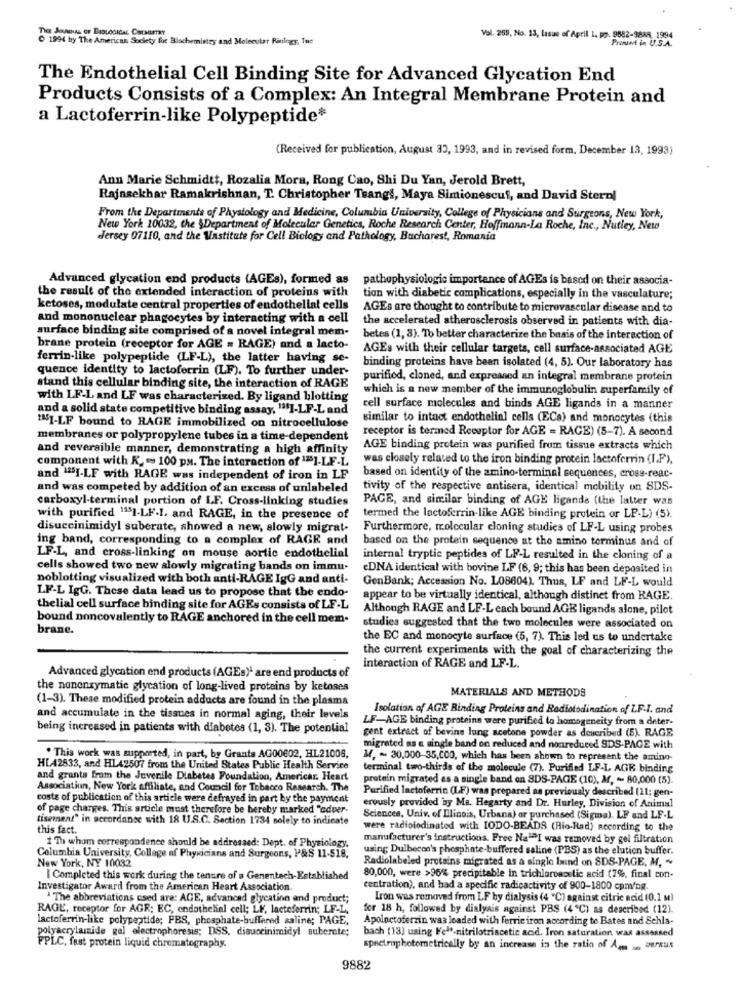
1994 by The American Society for Blachemistry and Molecular Riningy, Tue
Vol. 259, No. 13, lasus of April 1, pp. 9582-9888, 1994
Prenant in U.S.A.
The Endothelial Cell Binding Site for Advanced Glycation End
Products Consists of a Complex: An Integral Membrane Protein and
a Lactoferrin-like Polypeptide*
(Received for publication, August 33, 1993, and in revised form, December 13, 1993)
Ann Marie Schmidtt, Rozalia Mora, Rong Cao, Shi Du Yan, Jerold Brett,
Rajasekhar Ramakrishnan, T. Christopher Tsangs, Maya Simionescul, and David Stern|
From the Departments of Physiology and Medicine, Columbia University, College of Physicians and Surgeons, New York,
New York 10032, the \Department of Molecular Genetics, Roche Research Center, Hoffmann-La Roche, Inc ., Nutley, Neto
Jersey 07110, and the Vastitute for Cell Biology and Pathology, Bucharest, Romania
Advanced glycation end products (AGEs), formed as
pathophysiologie importance of AGEs is based on their associa-
the result of the extended interaction of proteins with
tion with diabetic complications, especially in the vasculature;
ketoses, modulate central properties of endothelial cells
AGEs are thought to contribute to microvascular disease and to
and mononuclear phagocytes by interacting with a cell
the accelerated atherosclerosis observed in patients with dia-
surface binding site comprised of a novel integral mem-
betes (1, 8). To better characterize the basis of the interaction of
brane protein (receptor for AGE = RAGE) and a lacto-
AGEs with their cellular targets, cell surface-associated AGE
ferrin-like polypeptide (LF-L), the latter having se-
quence identity to lactoferrin (LF). To further under-
binding proteins have been isolated (4, 5). Our laboratory has
purified, cloned, and expressed an integral membrane protein
stand this cellular binding site, the interaction of RAGE
which is a new member of the immunoglobulin superfamily of
with LF-L and LF was characterized. By ligand blotting
and a solid state competitive binding assay, "I-LF-L and
cell surface molecules and binds AGE ligands in a manner
similar to intact endothelial cells (ECs) and monocytes (this
""51-LF bound to RAGE immobilized on nitrocellulose
receptor is termed Receptor for AGE = RAGE) (5-7). A second
membranes or polypropylene tubes in a time-dependent
and reversible manner, demonstrating a high affinity
AGE binding protein was purified from tissue extracts which
was closely related to the iron binding protein lactoferrin (I.F),
component with K_ = > 100 px. The interaction of 12]-LF-L
and "SI-LF with RAGE was independent of iron in LF
based on identity of the amino-terminal sequences, cross-reac-
and was competed by addition of an excess of unlabeled
tivity of the respective antisera, identical mobility on SDS-
carboxyl-terminal portion of LF. Cross-linking studies
PAGE, and similar binding of AGE ligands (the latter was
with purified 1151.LF-1, and RAGE, in the presence of
termed the lactoferrin-like AGE binding protein or LP-L) (5).
disuccinimidyl suberate, showed a new, slowly migrat-
Furthermore, molecular cloning studies of LF-L using probes
ing band, corresponding to a complex of RAGE and
based on the protein sequence at the amino terminus and of
LF-L, and cross-linking on mouse aortic endothelial
internal tryptic peptides of LF-L resulted in the cloning of a
cells showed two new slowly migrating bands on immu-
eDNA identical with bovine LF (6, 9; this has been deposited in
noblotting visualized with both anti-RAGE IgG and anti-
GenBank; Accession No. L08604). Thus, LF and LF-L would
LF-L IgG. These data lead us to propose that the endo-
appear to be virtually identical, although distinct from RAGE.
thelial cell surface binding site for AGEs consists of LF-L
Although RAGE and LF-Leach bound AGE ligands alone, pilot
bound noncovalently to RAGE anchored in the cell mem-
brane.
studies suggested that the two molecules were associated on
the EC and monocyte surface (5, 7). This led us to undertake
the current experiments with the goal of characterizing the
interaction of RAGE and LF-L.
Advanced glycation end products (AGEs)- are end products of
the nonenzymatic glycation of long-lived proteins by ketoses
(1-3). These modified protein adducts are found in the plasma
MATERIALS AND METHODS
Isolation of AGE Binding Proteins and Radiotodination of Z.F.I. and
and accumulate in the tissues in normal aging, their levels
LF-AGE binding proteins were purified to homogeneity from a deter-
being increased in patients with diabetes (1, 3). The potential
gent extract of bevine lung acetone powder as described (5). RAGE
migrated as e single band on reduced and nonreduced SDS-PAGE with
. This work was supported, in part, by Granta AG00602, HL21006,
14, -. 30,000-35,CCO, which has been shown to represent the amino-
HL42833, and HL42507 from the United States Public Health Service
terminal two-thirds of the molecule (7). Purified LF-L AGE binding
and grants from the Juvenile Diabetes Foundation, Americar. Heart
protein migrated as a single band on SDS-PAGE (10), Af, - 80,000 (5).
Association, New York affiliate, and Council for Tobacco Research. The
Purified lactoferrin (LE) was prepared as previously described (11; gen-
costs of publication of this article were defrayed in part by the payment
erously provided by Ma. Hegarty and Dr. Hurley, Division of Animal
of page charges. This article must therefore be hereby marked "adver-
tisement" in accordance with 18 U.S.C. Section 1734 solely to indicate
Sciences, Univ. of Illinois, Urbana) or purchased (Sigma). LF and LF-L
this fact.
were radiolodinated with IODO-BEADS (Rio-Had) Recording to the
Th whom correspondence should be addressed: Dept. of Physiology,
manufacturer's instructions. Free Na""I was removed by gel filtration
using Dulbecco's phosphate-buffered saline (PBS) as the elution buffer.
Columbia University, Collage of Physicians and Surgeons, P&S 11-518,
Radiolabeled protains migrated as a single laind on SDS-PAGE, M, ~
New York, NY 10032
I Completed this work during the tenure of a Genentech-Established
80,000, were >96% precipitable in trichloroacetic acid (7%, final con-
Investigator Award from the American Heart Association.
centration), and had a specific radicactivity of 900-1800 cpm/ng.
' The abbreviations csed are: AGE, advanced glycation and product;
Iron was removed from LF by dialysis (4 "C) against citric acid (0.1 M)
RAGE, receptor for AGR; EC, endothelial cell; LE, lactoferrin; LE-L,
for 18 h, followed by dialysis against PBS (4"C) as described (12).
lactoferrin-like polypeptide; FBS, phosphate-buffered saline; PAGE,
Apoloctoferzin was loaded with ferric iron according to Bates and Schla-
polyacrylamide gel electrophoresis; DSS, disuccinimidyl suberete;
bach (13) using Fele-nitrilotriacetic acid. Iron saturation was assessed
FPLC, fast protein liquid chromatography.
spectrophotometrically by an increase in the ratio of An an PrSus
9882